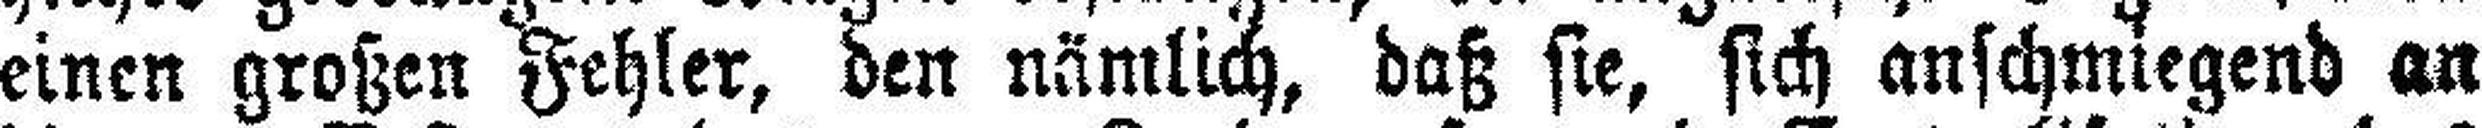
einen großen Fehler, den nämlich, daß sie, sich anschmiegend an